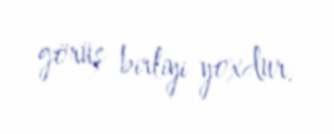
görüş birliyi yoxdur.